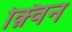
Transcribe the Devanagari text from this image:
क़्विन